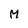
Character: M